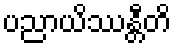
ပညာယိဿန္တီတိ